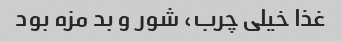
غذا خیلی چرب، شور و بد مزه بود